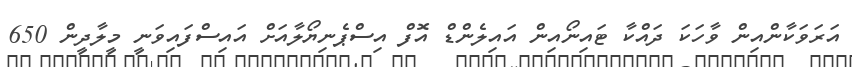
އަރަވަކާންއިން ވާހަކަ ދައްކާ ޓައިނޯއިން އައިލެންޑް އޮފް އިސްޕެނިޔޯޯލާއަށް އައިސްފައިވަނީ މީލާދީން 650